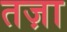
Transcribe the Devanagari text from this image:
तज़ा